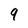
Character: 9